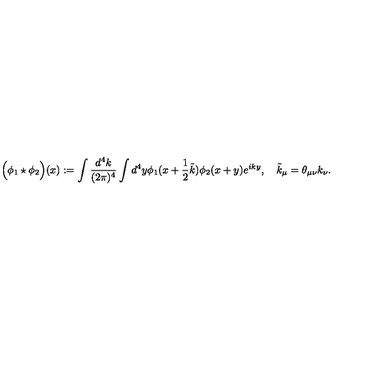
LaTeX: \Big ( \phi _ { 1 } \star \phi _ { 2 } \Big ) ( x ) : = \int \frac { d ^ { 4 } k } { ( 2 \pi ) ^ { 4 } } \int d ^ { 4 } y \phi _ { 1 } ( x + \frac 1 2 \tilde { k } ) \phi _ { 2 } ( x + y ) e ^ { i k y } , \quad \tilde { k } _ { \mu } = \theta _ { \mu \nu } k _ { \nu } .